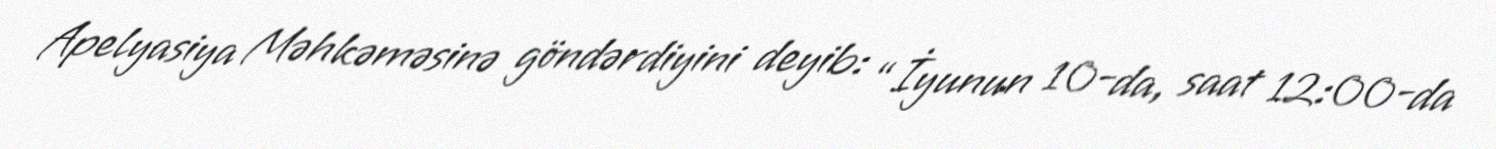
Apelyasiya Məhkəməsinə göndərdiyini deyib: “İyunun 10-da, saat 12:00-da